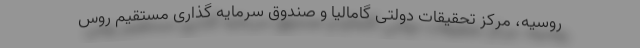
روسیه، مرکز تحقیقات دولتی گامالیا و صندوق سرمایه گذاری مستقیم روس